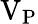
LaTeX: \mathrm{V_{P}}